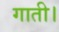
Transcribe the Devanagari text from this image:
गाती।